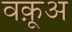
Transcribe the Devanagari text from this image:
वक़ूअ